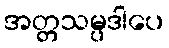
အတ္တသမ္ပဒါပေ